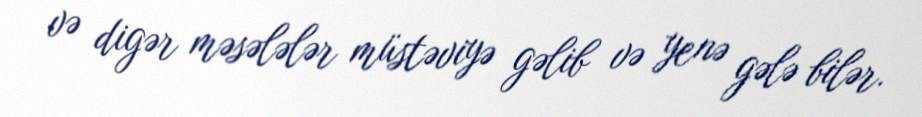
və digər məsələlər müstəviyə gəlib və yenə gələ bilər.